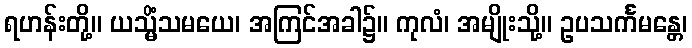
ရဟန်းတို့။ ယသ္မိံသမယေ၊ အကြင်အခါ၌။ ကုလံ၊ အမျိုးသို့။ ဥပသင်္ကမန္တေ၊